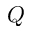
Q